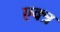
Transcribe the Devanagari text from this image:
एक्त्र